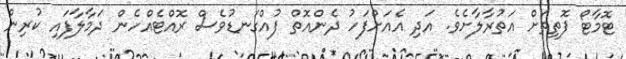
ޓޮމާޓޯ ފޮތިތަށް އަތުރާލާށެވެ. އަދި އެއަށްފަހު ދެންއޮތް ފުއްގަނޑުވެސް ރޮއްޓެއްހެން ދަމާލާފައި ކުރިން